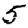
Digit: 5